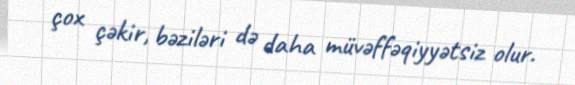
çox çəkir, bəziləri də daha müvəffəqiyyətsiz olur.